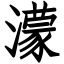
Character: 濛